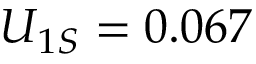
U _ { 1 S } = 0 . 0 6 7